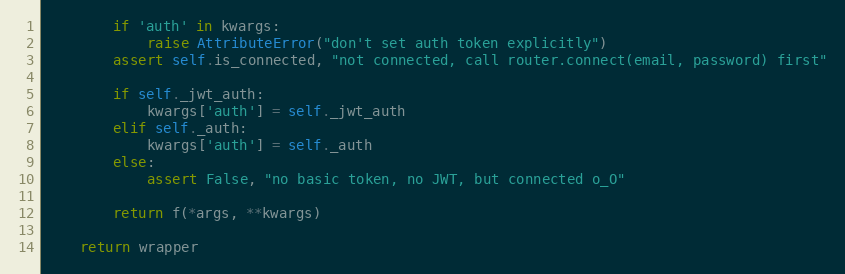
Language: Python
        if 'auth' in kwargs:
            raise AttributeError("don't set auth token explicitly")
        assert self.is_connected, "not connected, call router.connect(email, password) first"

        if self._jwt_auth:
            kwargs['auth'] = self._jwt_auth
        elif self._auth:
            kwargs['auth'] = self._auth
        else:
            assert False, "no basic token, no JWT, but connected o_O"

        return f(*args, **kwargs)

    return wrapper